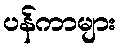
ပန်ကာများ